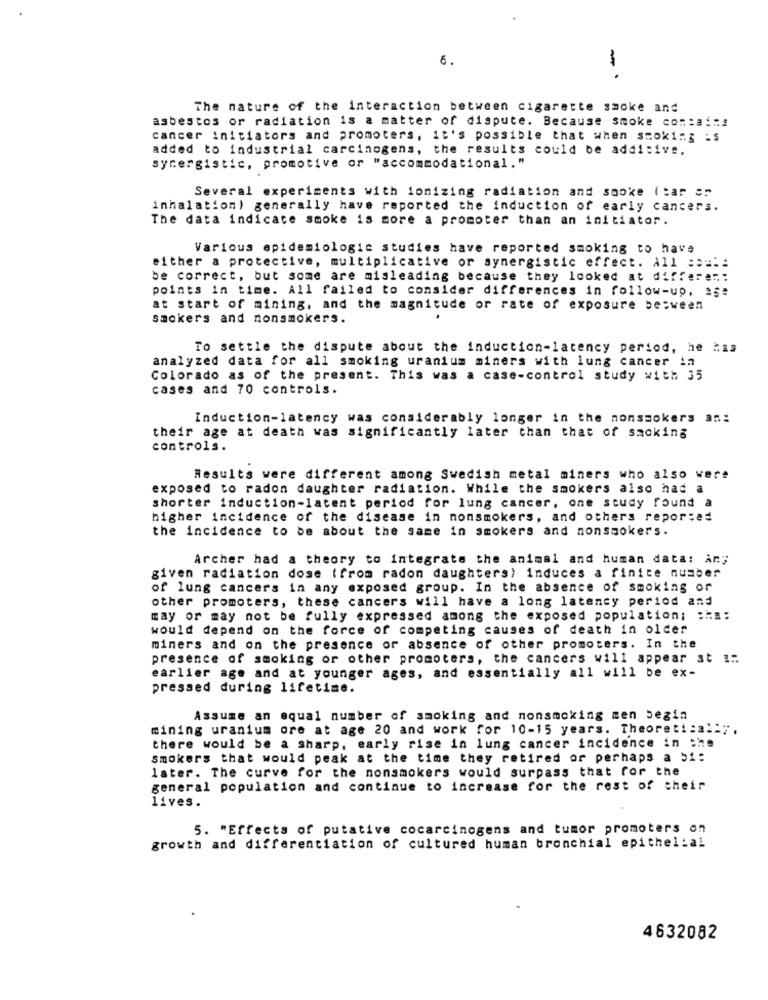
6.
-
..
The nature of the interaction between cigarette smoke and
asbestos or radiation is a matter of dispute. Because smoke contains
cancer initiators and promoters, it's possible that when smoking :s
added to industrial carcinogens, the results could be additive,
synergistic, promotive or "accommodational."
Several experiments with ionizing radiation and smoke ( car ="
inhalation) generally have reported the induction of early cancers.
The data indicate smoke is more a promoter than an initiator.
Various epidemiologic studies have reported smoking to have
either a protective, multiplicative or synergistic effect. All ===!!
be correct, but some are misleading because they looked at differen:
points in time. All failed to consider differences in follow-up, ase
at start of mining, and the magnitude or rate of exposure between
smokers and nonsmokers.
To settle the dispute about the induction-latency period, he has
analyzed data for all smoking uranium miners with lung cancer in
Colorado as of the present. This was a case-control study with 35
cases and 70 controls.
Induction-latency was considerably longer in the nonsmokers an:
their age at death was significantly later than that of sacking
controls.
Results were different among Swedish metal miners who also were
exposed to radon daughter radiation. While the smokers also had a
shorter induction-latent period for lung cancer, one study found
higher incidence of the disease in nonsmokers, and others reported
the incidence to be about the same in smokers and nonsmokers.
Archer had a theory to integrate the animal and human data: år;
given radiation dose (from radon daughters) induces a finite number
of lung cancers in any exposed group. In the absence of smoking or
other promoters, these cancers will have a long latency period and
may or may not be fully expressed among the exposed population; : ha:
would depend on the force of competing causes of death in older
miners and on the presence or absence of other promoters. In the
presence of smoking or other promoters, the cancers will appear at ::.
earlier age and at younger ages, and essentially all will be ex-
pressed during lifetime.
Assume an equal number of smoking and nonsmoking men begin
mining uranium ore at age 20 and work for 10-15 years. Theoreti : al:",
there would be a sharp, early rise in lung cancer incidence in the
smokers that would peak at the time they retired or perhaps a 51:
later. The curve for the nonsmokers would surpass that for the
general population and continue to increase for the rest of their
lives.
5. "Effects of putative cocarcinogens and tumor promoters on
growth and differentiation of cultured human bronchial epithelial
4632082